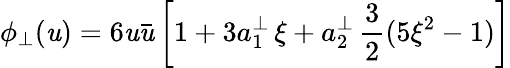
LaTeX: \phi_{\perp}(\mathit{u})=6\mathit{u}\bar{{\mathit{u}}}\left[1+3a_{1}^{\perp}\, \xi+a_{2}^{\perp}\, \frac{{3}}{{2}}(5\xi^{2}-1)\right]